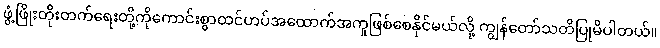
ဖွံ့ဖြိုးတိုးတက်ရေးတို့ကိုကောင်းစွာထင်ဟပ်အထောက်အကူဖြစ်စေနိုင်မယ်လို့ ကျွန်တော်သတိပြုမိပါတယ်။